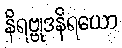
နိရဗ္ဗုဒနိရယော